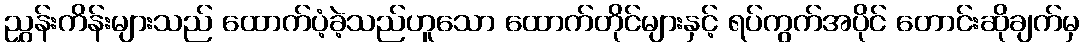
ညွှန်းကိန်းများသည် ထောက်ပံ့ခဲ့သည်ဟူသော ထောက်တိုင်များနှင့် ရပ်ကွက်အပိုင် တောင်းဆိုချက်မှ